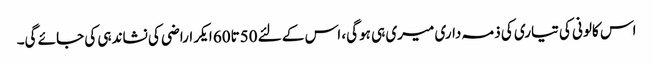
اس کالونی کی تیاری کی ذمہ داری میری ہی ہوگی، اس کے لئے 50تا60 ایکر اراضی کی نشاندہی کی جائے گی۔